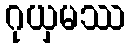
ဂုယှမဿ